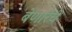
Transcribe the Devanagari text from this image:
बेणारेंचे